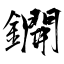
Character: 鐦